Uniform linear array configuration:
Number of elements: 4
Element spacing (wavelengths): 1
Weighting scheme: exponential
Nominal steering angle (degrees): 30
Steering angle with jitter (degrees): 29.707
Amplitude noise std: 0.05
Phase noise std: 0.05

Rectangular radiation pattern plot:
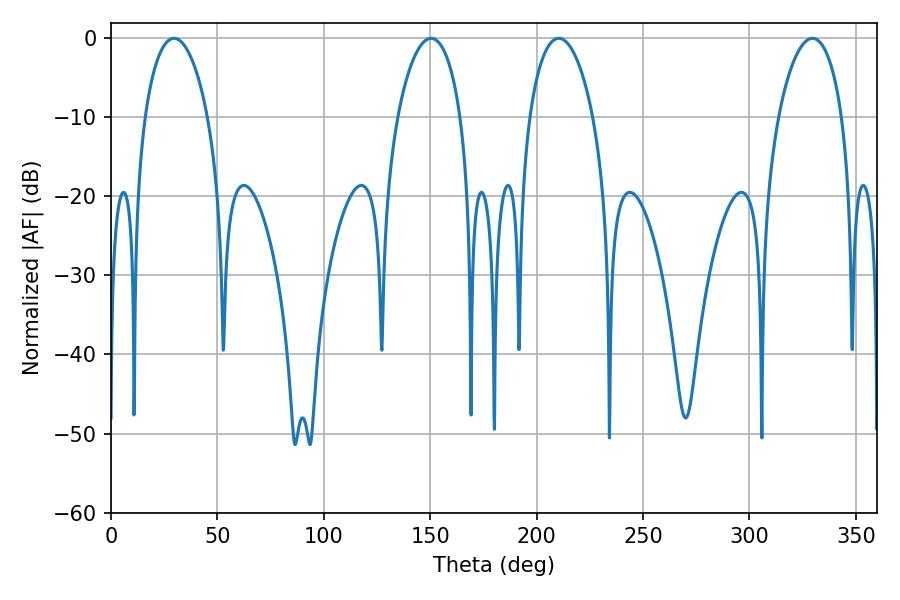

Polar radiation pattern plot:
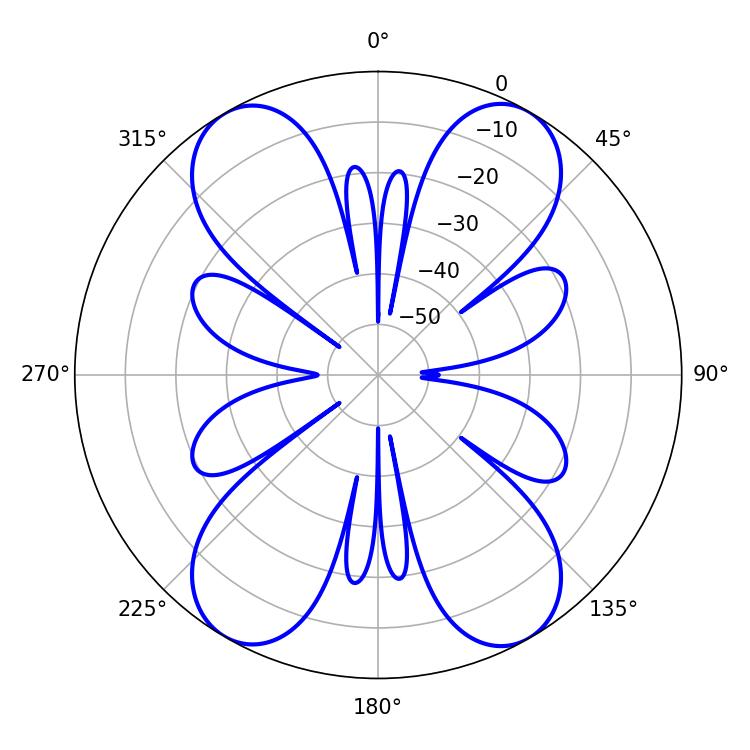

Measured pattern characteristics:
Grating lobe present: TRUE
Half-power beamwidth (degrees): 16.92
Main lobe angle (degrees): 210.42